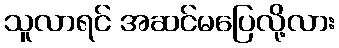
သူလာရင် အဆင်မပြေလို့လား